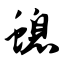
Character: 螅